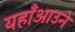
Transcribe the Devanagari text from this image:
यहाँआउने